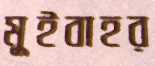
মুইবাহর